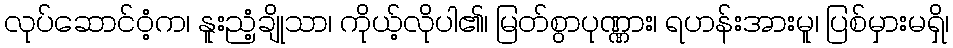
လုပ်ဆောင်ဝံ့က၊ နူးညံ့ချိုသာ၊ ကိုယ့်လိုပါ၏၊ မြတ်စွာပုဏ္ဏား၊ ရဟန်းအားမူ၊ ပြစ်မှားမရှိ၊